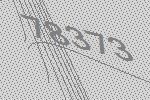
78373